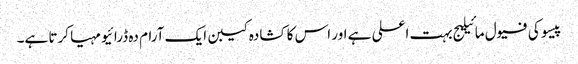
پیسو کی فیول مائیلیج بہت اعلی ہے اور اس کا کشادہ کیبن ایک آرام دہ ڈرائیو مہیا کرتا ہے۔